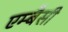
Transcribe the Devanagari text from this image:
एम्बैसी